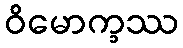
ဝိမောက္ခဿ